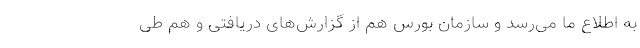
به اطلاع ما می‌رسد و سازمان بورس هم از گزارش‌های دریافتی و هم طی